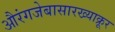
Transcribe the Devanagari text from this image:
औरंगजेबासारख्याक्रूर